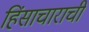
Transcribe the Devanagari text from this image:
हिंसाचाराची